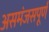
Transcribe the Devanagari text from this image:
असमंजसपूर्ण